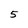
Character: 5